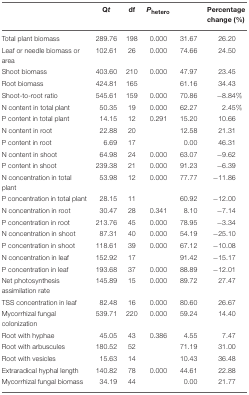
<table><thead><tr><td>[EMPTY_CELL]</td><td><b>Q<i>t</i></b></td><td><b>df</b></td><td><b><i>P</i><sub>hetero</sub></b></td><td>[EMPTY_CELL]</td><td><b>Percentage change (%)</b></td></tr></thead><tbody><tr><td>Total plant biomass</td><td>289.76</td><td>198</td><td>0.000</td><td>31.67</td><td>26.20</td></tr><tr><td>Leaf or needle biomass or area</td><td>102.61</td><td>26</td><td>0.000</td><td>74.66</td><td>24.50</td></tr><tr><td>Shoot biomass</td><td>403.60</td><td>210</td><td>0.000</td><td>47.97</td><td>23.45</td></tr><tr><td>Root biomass</td><td>424.81</td><td>165</td><td>[EMPTY_CELL]</td><td>61.16</td><td>34.43</td></tr><tr><td>Shoot-to-root ratio</td><td>545.61</td><td>159</td><td>0.000</td><td>70.86</td><td>−8.84%</td></tr><tr><td>N content in total plant</td><td>50.35</td><td>19</td><td>0.000</td><td>62.27</td><td>2.45%</td></tr><tr><td>P content in total plant</td><td>14.15</td><td>12</td><td>0.291</td><td>15.20</td><td>10.66</td></tr><tr><td>N content in root</td><td>22.88</td><td>20</td><td>[EMPTY_CELL]</td><td>12.58</td><td>21.31</td></tr><tr><td>P content in root</td><td>6.69</td><td>17</td><td>[EMPTY_CELL]</td><td>0.00</td><td>46.31</td></tr><tr><td>N content in shoot</td><td>64.98</td><td>24</td><td>0.000</td><td>63.07</td><td>−9.62</td></tr><tr><td>P content in shoot</td><td>239.38</td><td>21</td><td>0.000</td><td>91.23</td><td>−6.39</td></tr><tr><td>N concentration in total plant</td><td>53.98</td><td>12</td><td>0.000</td><td>77.77</td><td>−11.86</td></tr><tr><td>P concentration in total plant</td><td>28.15</td><td>11</td><td>[EMPTY_CELL]</td><td>60.92</td><td>−12.00</td></tr><tr><td>N concentration in root</td><td>30.47</td><td>28</td><td>0.341</td><td>8.10</td><td>−7.14</td></tr><tr><td>P concentration in root</td><td>213.76</td><td>45</td><td>0.000</td><td>78.95</td><td>−3.34</td></tr><tr><td>N concentration in shoot</td><td>87.31</td><td>40</td><td>0.000</td><td>54.19</td><td>−25.10</td></tr><tr><td>P concentration in shoot</td><td>118.61</td><td>39</td><td>0.000</td><td>67.12</td><td>−10.08</td></tr><tr><td>N concentration in leaf</td><td>152.92</td><td>17</td><td>[EMPTY_CELL]</td><td>91.42</td><td>−15.17</td></tr><tr><td>P concentration in leaf</td><td>193.68</td><td>37</td><td>0.000</td><td>88.89</td><td>−12.01</td></tr><tr><td>Net photosynthesis assimilation rate</td><td>145.89</td><td>15</td><td>0.000</td><td>89.72</td><td>27.47</td></tr><tr><td>TSS concentration in leaf</td><td>82.48</td><td>16</td><td>0.000</td><td>80.60</td><td>26.67</td></tr><tr><td>Mycorrhizal fungal colonization</td><td>539.71</td><td>220</td><td>0.000</td><td>59.24</td><td>14.40</td></tr><tr><td>Root with hyphae</td><td>45.05</td><td>43</td><td>0.386</td><td>4.55</td><td>7.47</td></tr><tr><td>Root with arbuscules</td><td>180.52</td><td>52</td><td>[EMPTY_CELL]</td><td>71.19</td><td>31.00</td></tr><tr><td>Root with vesicles</td><td>15.63</td><td>14</td><td>[EMPTY_CELL]</td><td>10.43</td><td>36.48</td></tr><tr><td>Extraradical hyphal length</td><td>140.82</td><td>78</td><td>0.000</td><td>44.61</td><td>22.88</td></tr><tr><td>Mycorrhizal fungal biomass</td><td>34.19</td><td>44</td><td>[EMPTY_CELL]</td><td>0.00</td><td>21.77</td></tr></tbody></table>